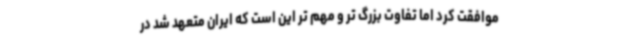
موافقت کرد اما تفاوت بزرگ تر و مهم تر این است که ایران متعهد شد در